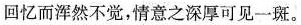
回忆而浑然不觉，情意之深厚可见一斑。